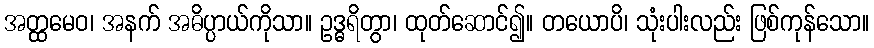
အတ္ထမေဝ၊ အနက် အဓိပ္ပာယ်ကိုသာ။ ဥဒ္ဓရိတွာ၊ ထုတ်ဆောင်၍။ တယောပိ၊ သုံးပါးလည်း ဖြစ်ကုန်သော။